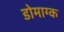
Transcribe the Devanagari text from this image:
डोमाग्क